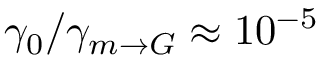
\gamma _ { 0 } / \gamma _ { m \rightarrow G } \approx 1 0 ^ { - 5 }